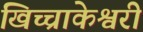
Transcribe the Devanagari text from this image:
खिच्चाकेश्वरी